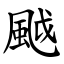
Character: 䬂